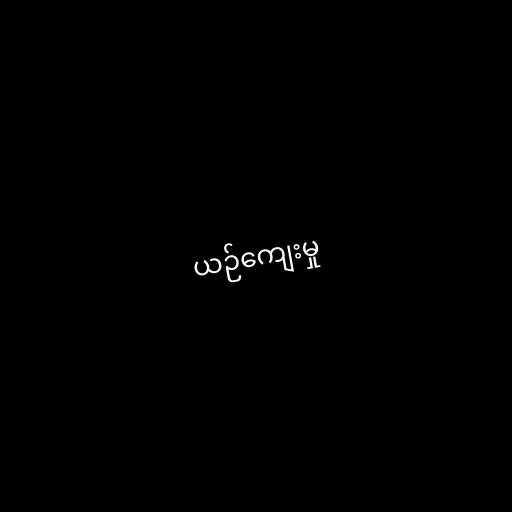
ယဉ်ကျေးမှု